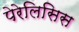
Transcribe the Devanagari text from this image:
पेरेलिसिस